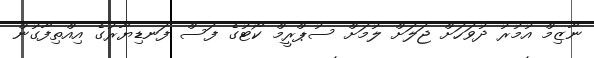
ނާޒިމް އުމުރު ދުވަހަށް ޖަލަށް ލުމަށް ސުޕްރީމް ކޯޓުގެ ފަސް ފަނޑިޔާރުގެ އިއްތިފާގުން